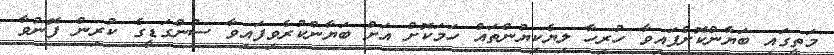
މަތީގައި ބަޔާންކޮށްފައިވާ ހުރިހާ ލިޔެކިޔުންތައް ހަމަކޮށް އަށް ބަޔާންކުރެވިފައިވާ ސުންގަޑީގެ ކުރިން ފޮނުވާ